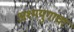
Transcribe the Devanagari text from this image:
अश्मयुगाचा